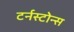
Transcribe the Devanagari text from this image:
टर्नस्टोन्स